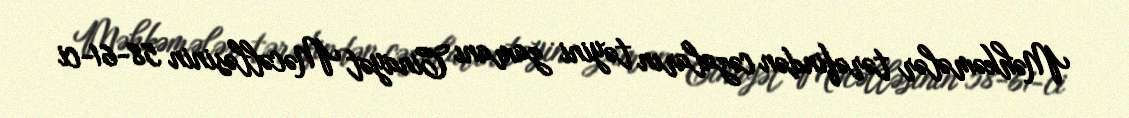
Məhkəmələr tərəfindən cəzaların təyini zamanı Cinayət Məcəlləsinin 58-61-ci